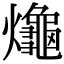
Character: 𪚱